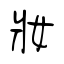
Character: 妝